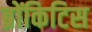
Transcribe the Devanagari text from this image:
ब्रोंकिटिस